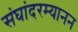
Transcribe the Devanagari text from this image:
संघांदरम्यानन